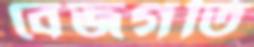
বেজগতি